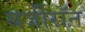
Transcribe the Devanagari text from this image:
बर्जीरॉन